Indian journal of veterinary science and animal husbandry - Volume 6,
Year: 1936
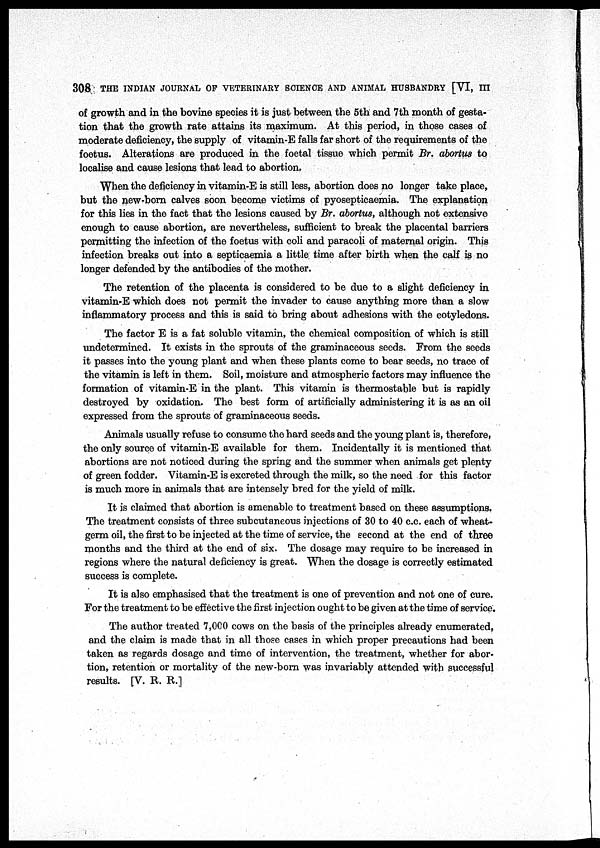
308 THE INDIAN JOURNAL OF VETERINARY SCIENCE AND ANIMAL HUSBANDRY [VI, III
of growth and in the bovine species it is just between the 5th and 7th month of gesta-
tion that the growth rate attains its maximum. At this period, in those cases of
moderate deficiency, the supply of vitamin-E falls far short of the requirements of the
foetus. Alterations are produced in the foetal tissue which permit Br. abortus to
localise and cause lesions that lead to abortion.
When the deficiency in vitamin-E is still less, abortion does no longer take place,
but the new-born calves soon become victims of pyosepticaemia. The explanation
for this lies in the fact that the lesions caused by Br. abortus, although not extensive
enough to cause abortion, are nevertheless, sufficient to break the placental barriers
permitting the infection of the foetus with coli and paracoli of maternal origin. This
infection breaks out into a septicaemia a little time after birth when the calf is no
longer defended by the antibodies of the mother.
The retention of the placenta is considered to be due to a slight deficiency in
vitamin-E which does not permit the invader to cause anything more than a slow
inflammatory process and this is said to bring about adhesions with the cotyledons.
The factor E is a fat soluble vitamin, the chemical composition of which is still
undetermined. It exists in the sprouts of the graminaceous seeds. From the seeds
it passes into the young plant and when these plants come to bear seeds, no trace of
the vitamin is left in them. Soil, moisture and atmospheric factors may influence the
formation of vitamin-E in the plant. This vitamin is thermostable but is rapidly
destroyed by oxidation. The best form of artificially administering it is as an oil
expressed from the sprouts of graminaceous seeds.
Animals usually refuse to consume the hard seeds and the young plant is, therefore,
the only source of vitamin-E available for them. Incidentally it is mentioned that
abortions are not noticed during the spring and the summer when animals get plenty
of green fodder. Vitamin-E is excreted through the milk, so the need for this factor
is much more in animals that are intensely bred for the yield of milk.
It is claimed that abortion is amenable to treatment based on these assumptions.
The treatment consists of three subcutaneous injections of 30 to 40 c.c. each of wheat-
germ oil, the first to be injected at the time of service, the second at the end of three
months and the third at the end of six. The dosage may require to be increased in
regions where the natural deficiency is great. When the dosage is correctly estimated
success is complete.
It is also emphasised that the treatment is one of prevention and not one of cure.
For the treatment to be effective the first injection ought to be given at the time of service.
The author treated 7,000 cows on the basis of the principles already enumerated,
and the claim is made that in all those cases in which proper precautions had been
taken as regards dosage and time of intervention, the treatment, whether for abor-
tion, retention or mortality of the new-born was invariably attended with successful
results. [V. R. R.]